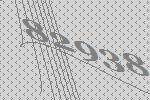
82938